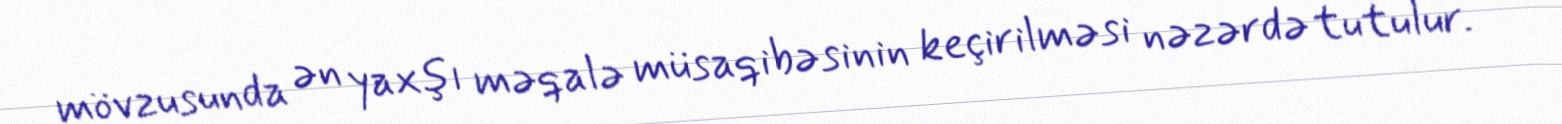
mövzusunda ən yaxşı məqalə müsaqibəsinin keçirilməsi nəzərdə tutulur.